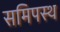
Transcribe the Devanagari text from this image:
समिपस्थ